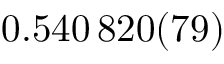
0 . 5 4 0 \, 8 2 0 ( 7 9 )